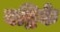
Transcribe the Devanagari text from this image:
बद्रिके